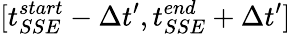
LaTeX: [t_{SSE}^{start}-\Delta t^{\prime},t_{SSE}^{end}+\Delta t^{\prime}]